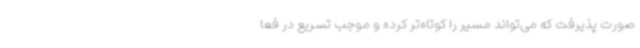
صورت پذیرفت که می‌تواند مسیر را کوتاه‌تر کرده و موجب تسریع در فعا